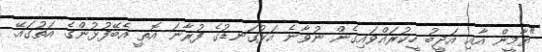
"ޔާމީން އާއި އަދީބު ހީކުރައްވައިގެން ނުވާނެ އަޅުގަނޑުގެ ފުރާނަ އޮތީ އެބޭފުޅުންގެ އަތުގައޭ.